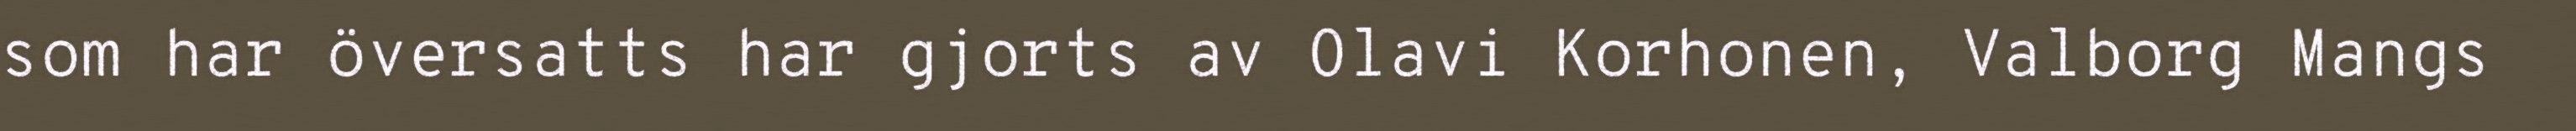
som har översatts har gjorts av Olavi Korhonen, Valborg Mangs